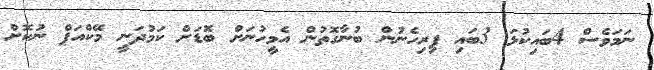
ނަމަވެސް 4ބައިކުޅަ 3ބައި ފިރިހެނުން ބުނާގޮތުން އެމީހުނަށް ބޮޑަށް ކަމުދަނީ މޭކްއަޕް ނުކޮށް